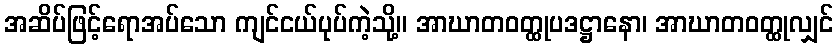
အဆိပ်ဖြင့်ရောအပ်သော ကျင်ငယ်ပုပ်ကဲ့သို့။ အာဃာတဝတ္ထုပဒဋ္ဌာနော၊ အာဃာတဝတ္ထုလျှင်